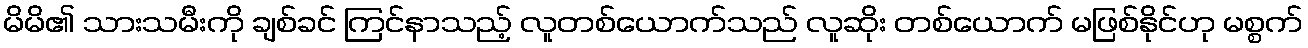
မိမိ၏ သားသမီးကို ချစ်ခင် ကြင်နာသည့် လူတစ်ယောက်သည် လူဆိုး တစ်ယောက် မဖြစ်နိုင်ဟု မစ္စက်